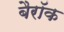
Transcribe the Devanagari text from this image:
बैरॉक